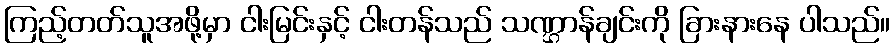
ကြည့်တတ်သူအဖို့မှာ ငါးမြင်းနှင့် ငါးတန်သည် သဏ္ဌာန်ချင်းကို ခြားနားနေ ပါသည်။